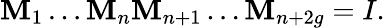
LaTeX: \mathbf{M}_{1}\dots\mathbf{M}_{n}\mathbf{M}_{n+1}\dots\mathbf{M}_{n+2g}=I.